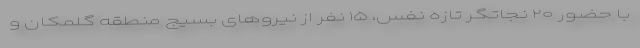
با حضور ۲۰ نجاتگر تازه نفس، ۱۵ نفر از نیروهای بسیج منطقه گلمکان و